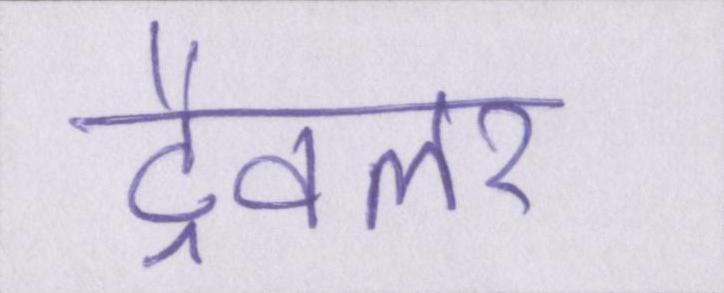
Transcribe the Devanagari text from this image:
ट्रैवलर